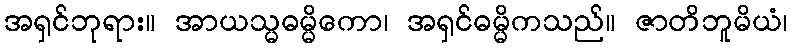
အရှင်ဘုရား။ အာယသ္မဓမ္မိကော၊ အရှင်ဓမ္မိကသည်။ ဇာတိဘူမိယံ၊